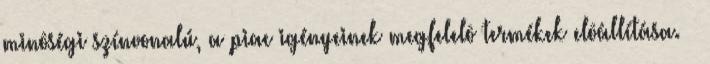
minôségi színvonalú, a piac igényeinek megfelelô termékek elôállítása. —